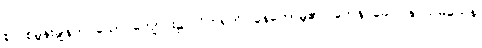
စုလစ်မွန်းချွန်တပ်သော ကျောင်း၌။ ဝိဟရတိ၊ နေတော်မူ၏။ တေန ခေါ ပန သမယေန၊